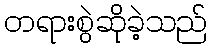
တရားစွဲဆိုခဲ့သည်